Civil Veterinary Department. United Provinces 1912-22 - 1912-1922
Year: 1912
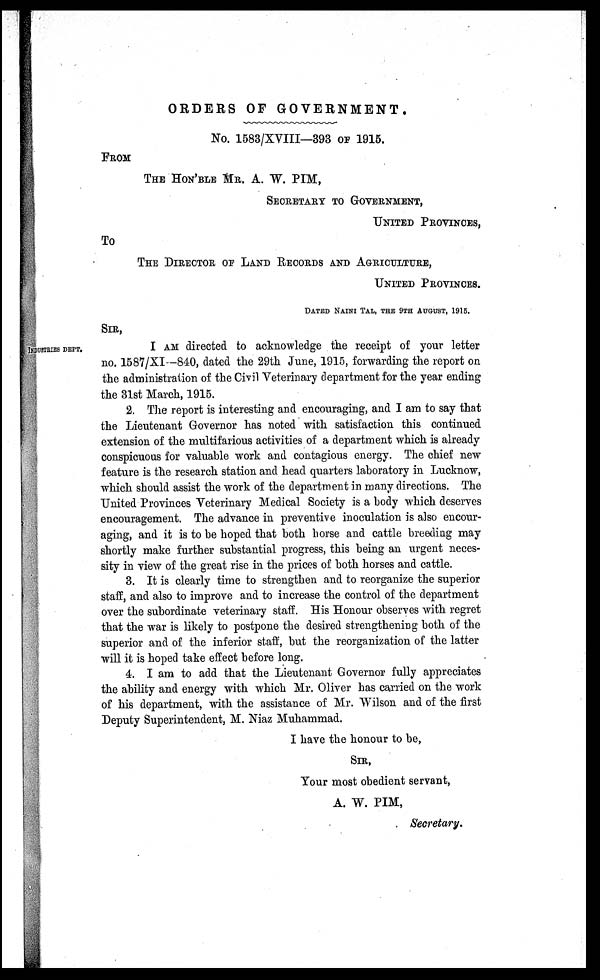
ORDERS OF GOVERNMENT.
No. 1583/XVIII—393 OF 1915.
FROM
THE HON'BLE MR. A. W. PIM,
SECRETARY TO GOVERNMENT,
UNITED PROVINCES,
To
THE DIRECTOR OF LAND RECORDS AND AGRICULTURE,
UNITED PROVINCES.
DATED NAINI TAL, THE 9TH AUGUST, 1916.
SIR,
INDUSRIES DEPT.
I AM directed to acknowledge the receipt of your letter
no. 1587/XI —840, dated the 29th June, 1915, forwarding the report on
the administration of the Civil Veterinary department for the year ending
the 31st March, 1915.
2. The report is interesting and encouraging, and I am to say that
the Lieutenant Governor has noted with satisfaction this continued
extension of the multifarious activities of a department which is already
conspicuous for valuable work and contagious energy. The chief new
feature is the research station and head quarters laboratory in Lucknow,
which should assist the work of the department in many directions. The
United Provinces Veterinary Medical Society is a body which deserves
encouragement. The advance in preventive inoculation is also encour-
aging, and it is to be hoped that both horse and cattle breeding may
shortly make further substantial progress, this being an urgent neces-
sity in view of the great rise in the prices of both horses and cattle.
3. It is clearly time to strengthen and to reorganize the superior
staff, and also to improve and to increase the control of the department
over the subordinate veterinary staff. His Honour observes with regret
that the war is likely to postpone the desired strengthening both of the
superior and of the inferior staff, but the reorganization of the latter
will it is hoped take effect before long.
4. I am to add that the Lieutenant Governor fully appreciates
the ability and energy with which Mr. Oliver has carried on the work
of his department, with the assistance of Mr. Wilson and of the first
Deputy Superintendent, M. Niaz Muhammad.
I have the honour to be,
SIR,
Your most obedient servant,
A. W. PIM,
Secretary.